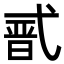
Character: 𭚣